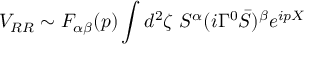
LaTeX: V _ { R R } \sim F _ { \alpha \beta } ( p ) \int d ^ { 2 } \zeta \ S ^ { \alpha } ( i \Gamma ^ { 0 } { \bar { S } } ) ^ { \beta } e ^ { i p X }